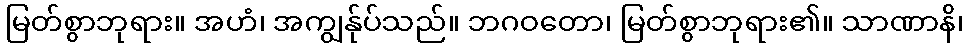
မြတ်စွာဘုရား။ အဟံ၊ အကျွန်ုပ်သည်။ ဘဂဝတော၊ မြတ်စွာဘုရား၏။ သာဏာနိ၊